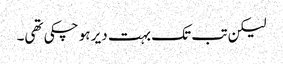
لیکن تب تک بہت دیر ہو چکی تھی۔